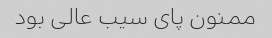
ممنون پای سیب عالی بود